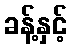
ခန့်နှင့်